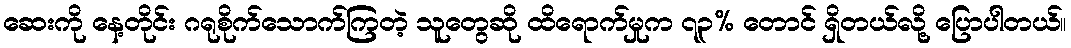
ဆေးကို နေ့တိုင်း ဂရုစိုက်သောက်ကြတဲ့ သူတွေဆို ထိရောက်မှုက ၇၃% တောင် ရှိတယ်လို့ ပြောပါတယ်။